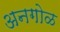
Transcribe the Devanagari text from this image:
अनगोळ